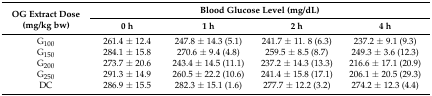
| <ROWSPAN=2> OG Extract Dose (mg/kg bw) | <COLSPAN=4> Blood Glucose Level (mg/dL) |
 | 0 h | 1 h | 2 h | 4 h |
 | --- | --- | --- | --- | --- |
 | G100 | 261.4 ± 12.4 | 247.8 ± 14.3 (5.1) | 241.7 ± 11. 8 (6.3) | 237.2 ± 9.1 (9.3) |
 | G150 | 284.1 ± 15.8 | 270.6 ± 9.4 (4.8) | 259.5 ± 8.5 (8.7) | 249.3 ± 3.6 (12.3) |
 | G200 | 273.7 ± 20.6 | 243.4 ± 14.5 (11.1) | 237.2 ± 14.3 (13.3) | 216.6 ± 17.1 (20.9) |
 | G250 | 291.3 ± 14.9 | 260.5 ± 22.2 (10.6) | 241.4 ± 15.8 (17.1) | 206.1 ± 20.5 (29.3) |
 | DC | 286.9 ± 15.5 | 282.3 ± 15.1 (1.6) | 277.7 ± 12.2 (3.2) | 274.2 ± 12.3 (4.4) |